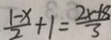
\frac { 1 - x } { 2 } + 1 = \frac { 2 x + 8 } { 3 }